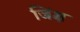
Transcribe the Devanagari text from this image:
जिंक्ष